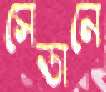
সেডানে